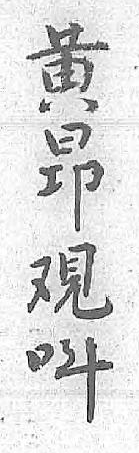
黄呌昻 覌